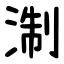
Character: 淛